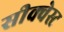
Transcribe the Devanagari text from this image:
सीक्वेस्ट